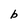
Character: b